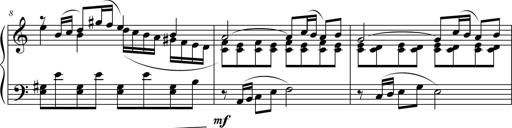
Title: Suite in the Old Style
Composer: Tyler Versluis